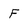
Character: F